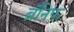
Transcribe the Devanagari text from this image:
ब्रॅनिफ